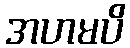
အဟမပိ